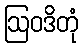
ဩဝဒိတုံ